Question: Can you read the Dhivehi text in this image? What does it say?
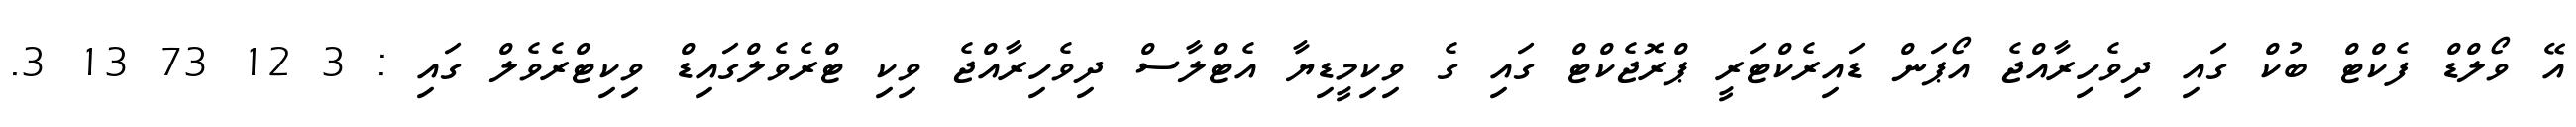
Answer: އޭ ވޯލްޑް ފެކްޓް ބުކް ގައި ދިވެހިރާއްޖެ އޯޕަން ޑައިރެކްޓަރީ ޕްރޮޖެކްޓް ގައި ގެ ވިކިމީޑިޔާ އެޓްލާސް ދިވެހިރާއްޖެ ވިކި ޓްރެވެލްގައިޑް ވިކިޓްރެވެލް ގައި : 3 12 73 13 3.